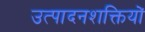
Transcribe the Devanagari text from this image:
उत्पादनशक्तियों